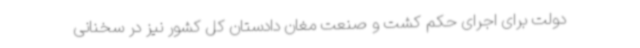
دولت برای اجرای حکم کشت و صنعت مغان دادستان کل کشور نیز در سخنانی